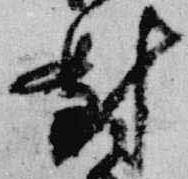
対